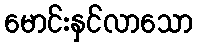
မောင်းနှင်လာသော